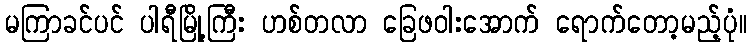
မကြာခင်ပင် ပါရီမြို့ကြီး ဟစ်တလာ ခြေဖဝါးအောက် ရောက်တော့မည့်ပုံ။